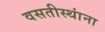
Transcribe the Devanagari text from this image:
वसतीस्थांना